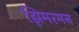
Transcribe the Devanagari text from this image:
झिमरमन